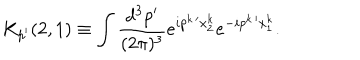
K _ { p ^ { \prime } } ( 2 , 1 ) \equiv \int \frac { d ^ { 3 } p ^ { \prime } } { ( 2 \pi ) ^ { 3 } } e ^ { i p ^ { k \, \prime } x _ { 2 } ^ { k } } e ^ { - i p ^ { k \, \prime } x _ { 1 } ^ { k } } .